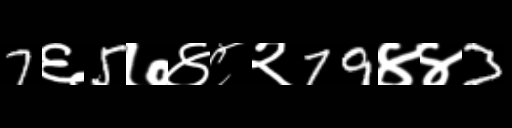
Text: 7६5७४८२79४४3